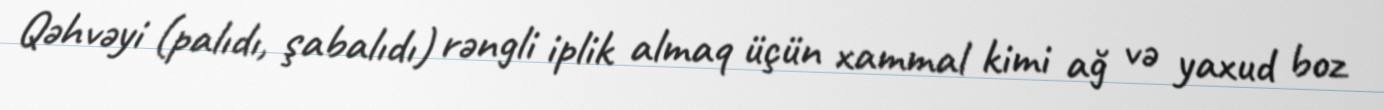
Qəhvəyi (palıdı, şabalıdı) rəngli iplik almaq üçün xammal kimi ağ və yaxud boz